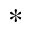
^ *